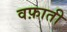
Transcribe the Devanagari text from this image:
वफ़ाती